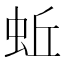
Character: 蚯